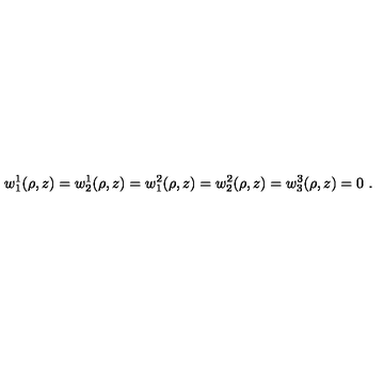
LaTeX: w _ { 1 } ^ { 1 } ( \rho , z ) = w _ { 2 } ^ { 1 } ( \rho , z ) = w _ { 1 } ^ { 2 } ( \rho , z ) = w _ { 2 } ^ { 2 } ( \rho , z ) = w _ { 3 } ^ { 3 } ( \rho , z ) = 0 \ .